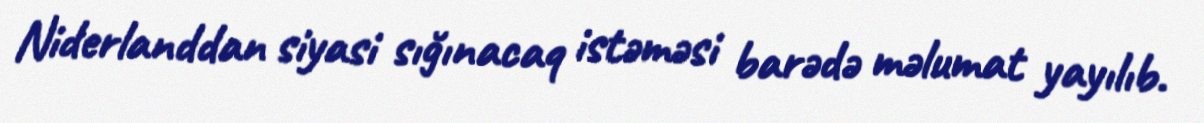
Niderlanddan siyasi sığınacaq istəməsi barədə məlumat yayılıb.